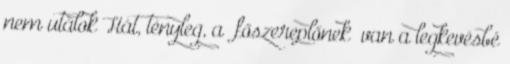
nem utálok Hát, tényleg, a “főszereplőnek” van a legkevésbé